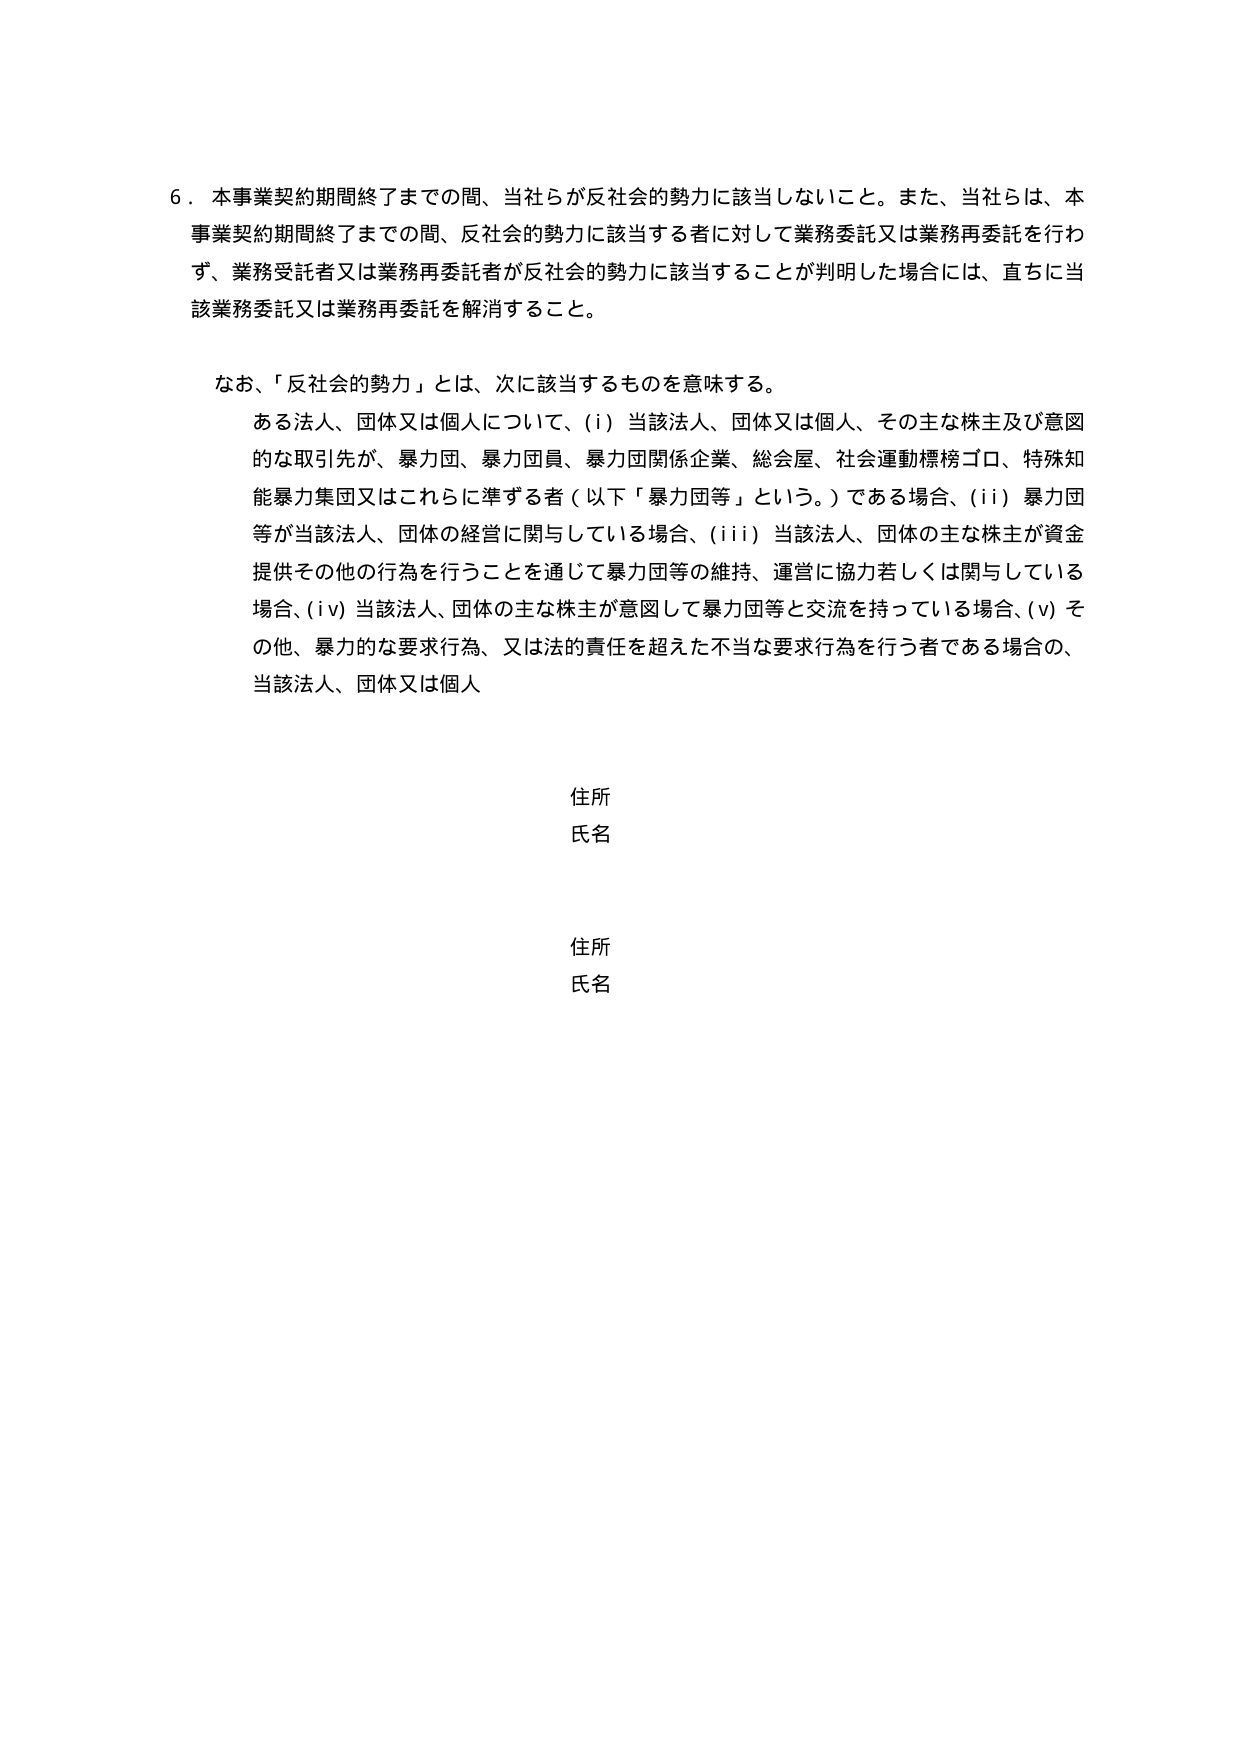
6．本事業契約期間終了までの間、当社らが反社会的勢力に該当しないこと。また、当社らは、本事業契約期間終了までの間、反社会的勢力に該当する者に対して業務委託又は業務再委託を行わず、業務受託者又は業務再委託者が反社会的勢力に該当することが判明した場合には、直ちに当該業務委託又は業務再委託を解消すること。

なお、「反社会的勢力」とは、次に該当するものを意味する。
ある法人、団体又は個人について、(i) 当該法人、団体又は個人、その主な株主及び意図的な取引先が、暴力団、暴力団員、暴力団関係企業、総会屋、社会運動標榜ゴロ、特殊知能暴力集団又はこれらに準ずる者（以下「暴力団等」という。）である場合、(ii) 暴力団等が当該法人、団体の経営に関与している場合、(iii) 当該法人、団体の主な株主が資金提供その他の行為を行うことを通じて暴力団等の維持、運営に協力若しくは関与している場合、(iv) 当該法人、団体の主な株主が意図して暴力団等と交流を持っている場合、(v) その他、暴力的な要求行為、又は法的責任を超えた不当な要求行為を行う者である場合の、当該法人、団体又は個人

住所
氏名

住所
氏名